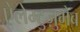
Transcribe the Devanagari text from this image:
ऐलेम्टुज़ुमैब